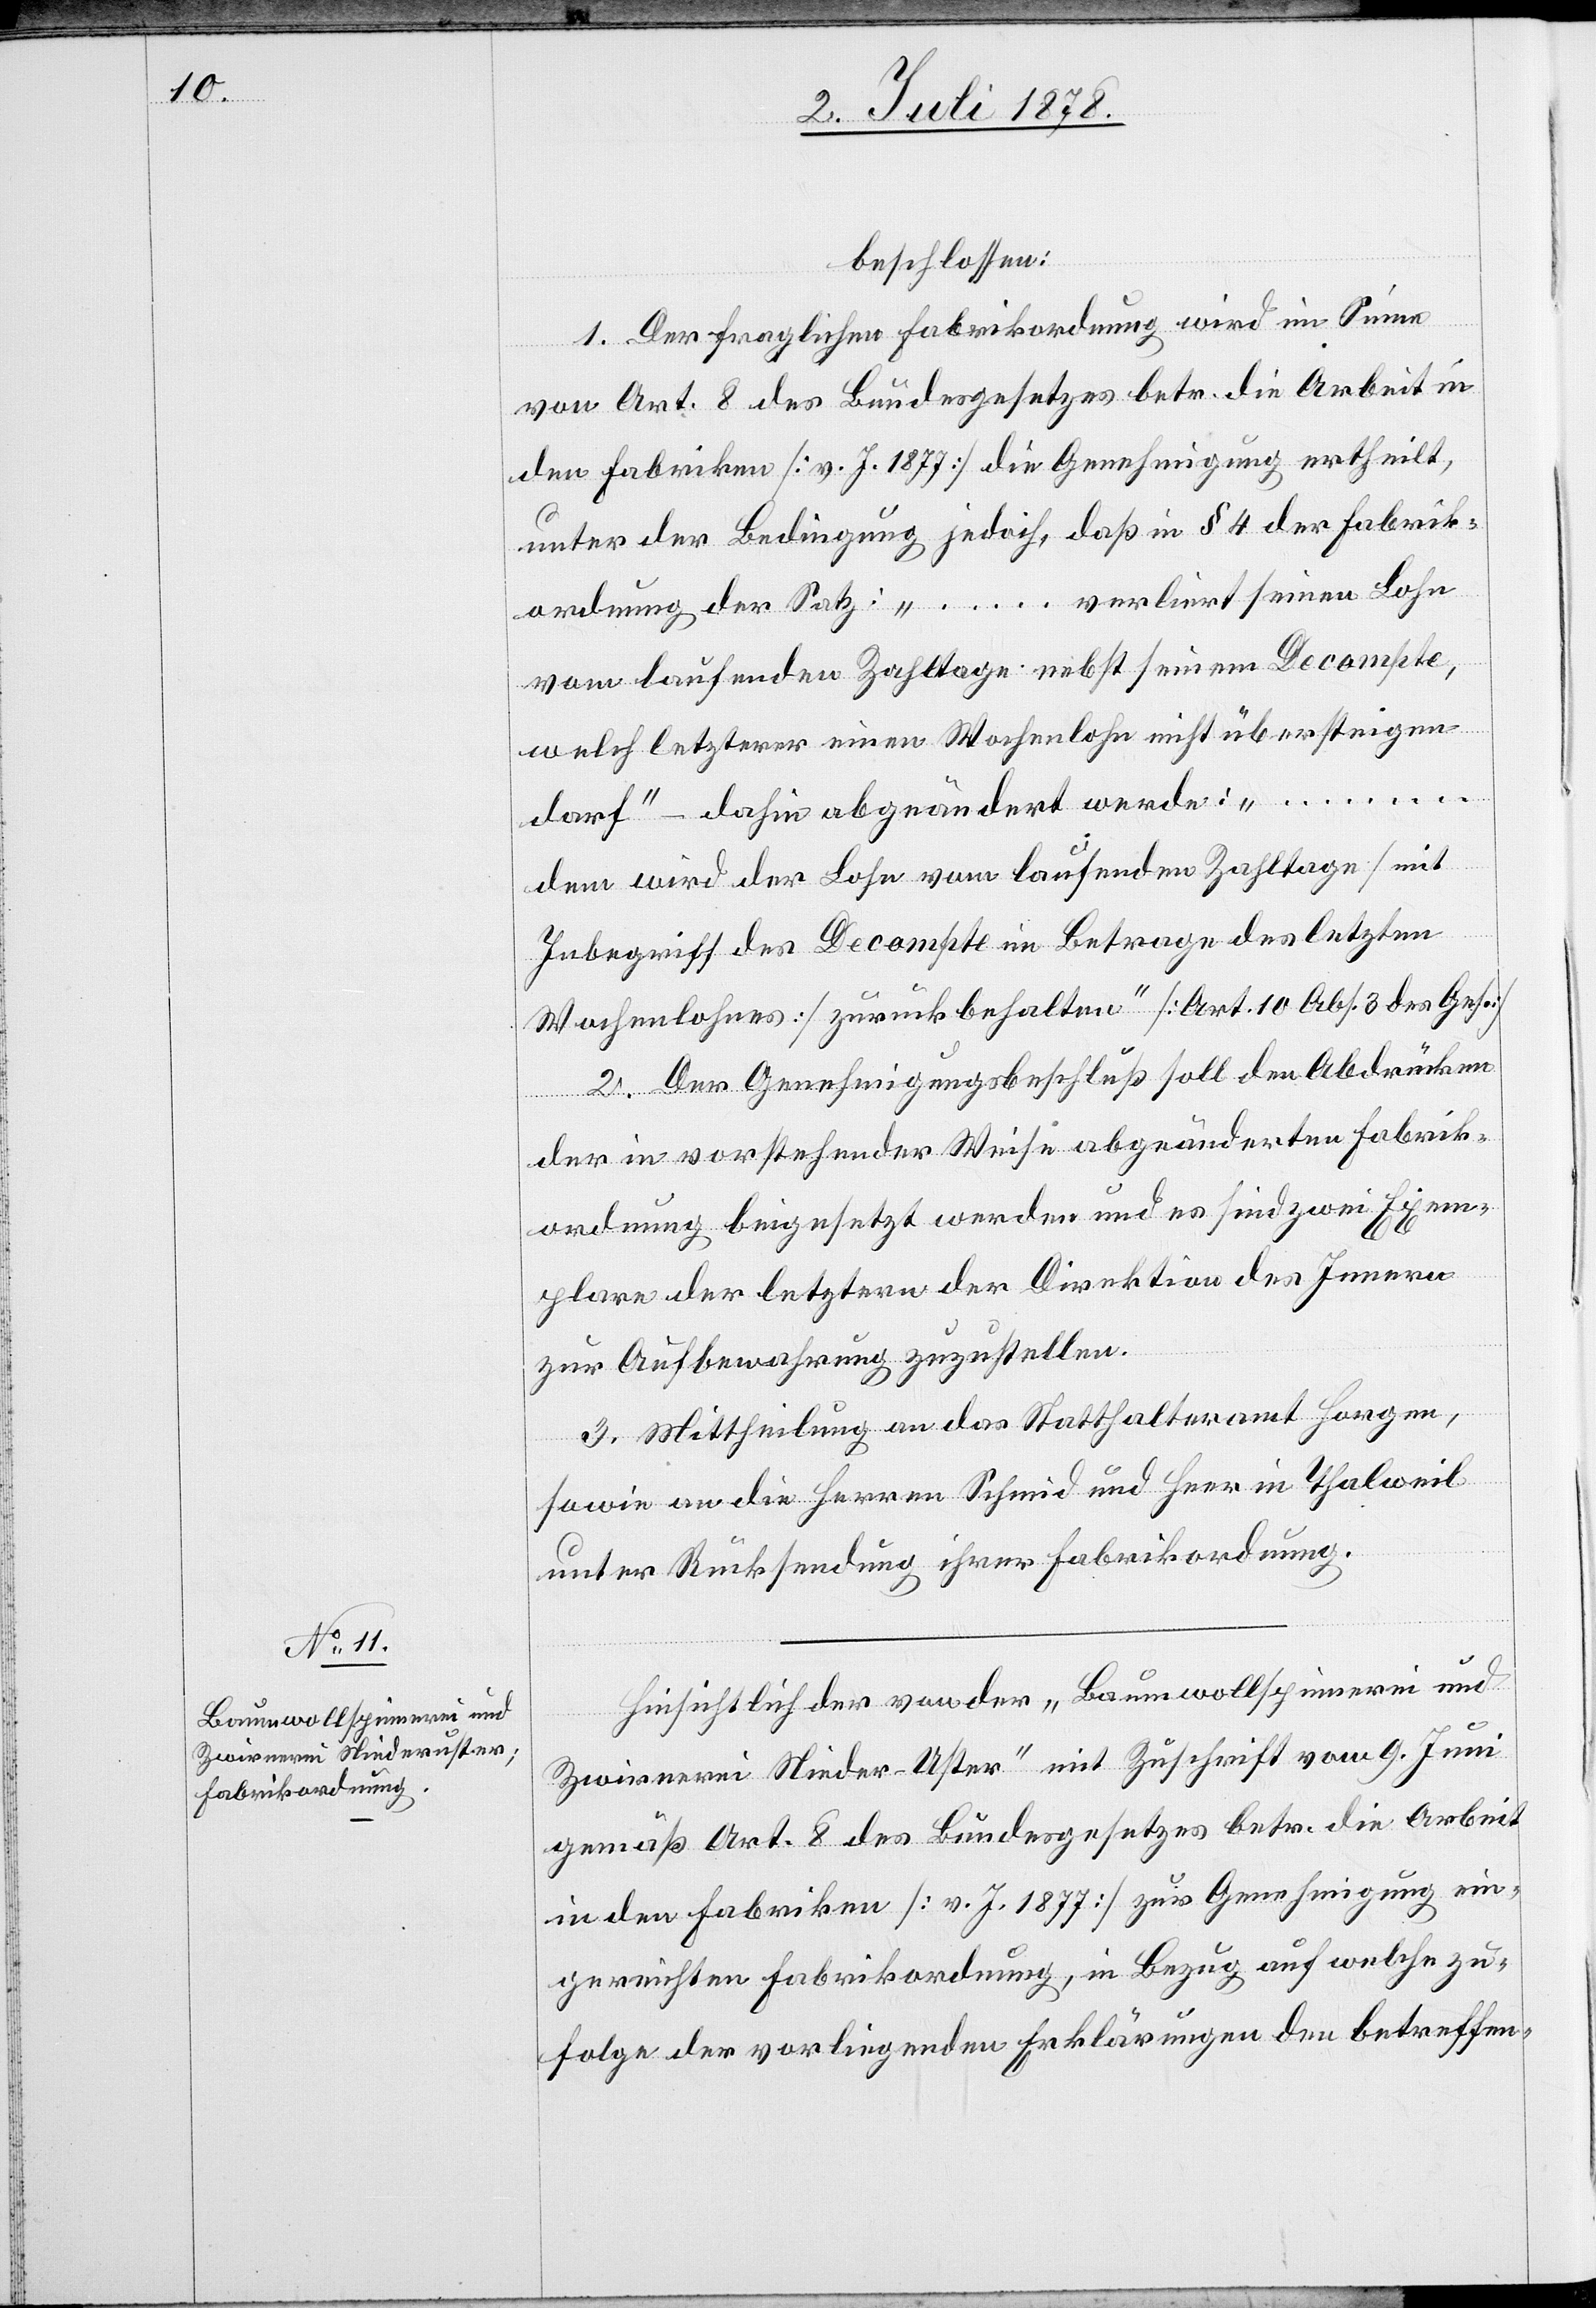
beschlossen:
1. Der fraglichen Fabrikordnung wird im Sinne
von Art. 8 des Bundesgesetzes betr. die Arbeit in
den Fabriken [v. J. 1877] die Genehmigung ertheilt,
unter der Bedingung jedoch, daß in § 4 der Fabrik¬
ordnung der Satz: „ … verliert seinen Lohn
vom laufenden Zahltage nebst seinem Decompte,
welch letzterer einen Wochenlohn nicht übersteigen
darf“ dahin abgeändert werde: „ …
dem wird der Lohn vom laufenden Zahltage [mit
Inbegriff der Decompte im Betrage des letzten
Wochenlohnes] zurückbehalten“ [Art. 10 Abs. 3 des Ges.].
2. Der Genehmigungsbeschluß soll den Abdrücken
der in vorstehender Weise abgeänderten Fabrik¬
ordnung beigesetzt werden und es sind zwei Exem¬
plare der letztern der Direktion des Innern
zur Aufbewahrung zuzustellen.
3. Mittheilung an das Statthalteramt Horgen,
sowie an die Herren Schmid und Heer in Thalweil
unter Rücksendung ihrer Fabrikordnung.
Hinsichtlich der von der „Baumwollspinnerei und
Zwirnerei Nieder-Uster“ mit Zuschrift vom 9. Juni
gemäß Art. 8 des Bundesgesetzes betr. die Arbeit
in den Fabriken [v. J. 1877] zur Genehmigung ein¬
gereichten Fabrikordnung, in Bezug auf welche zu¬
folge der vorliegenden Erklärungen den betreffen-